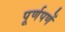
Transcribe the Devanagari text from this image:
पूर्णपणें